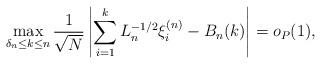
LaTeX: \begin{align*}\max_{\delta_n \le k \le n} \frac{1}{\sqrt{N}} \left| \sum_{i=1}^k L_n^{-1/2} \xi_i^{(n)} - B_n(k) \right| = o_P(1),\end{align*}